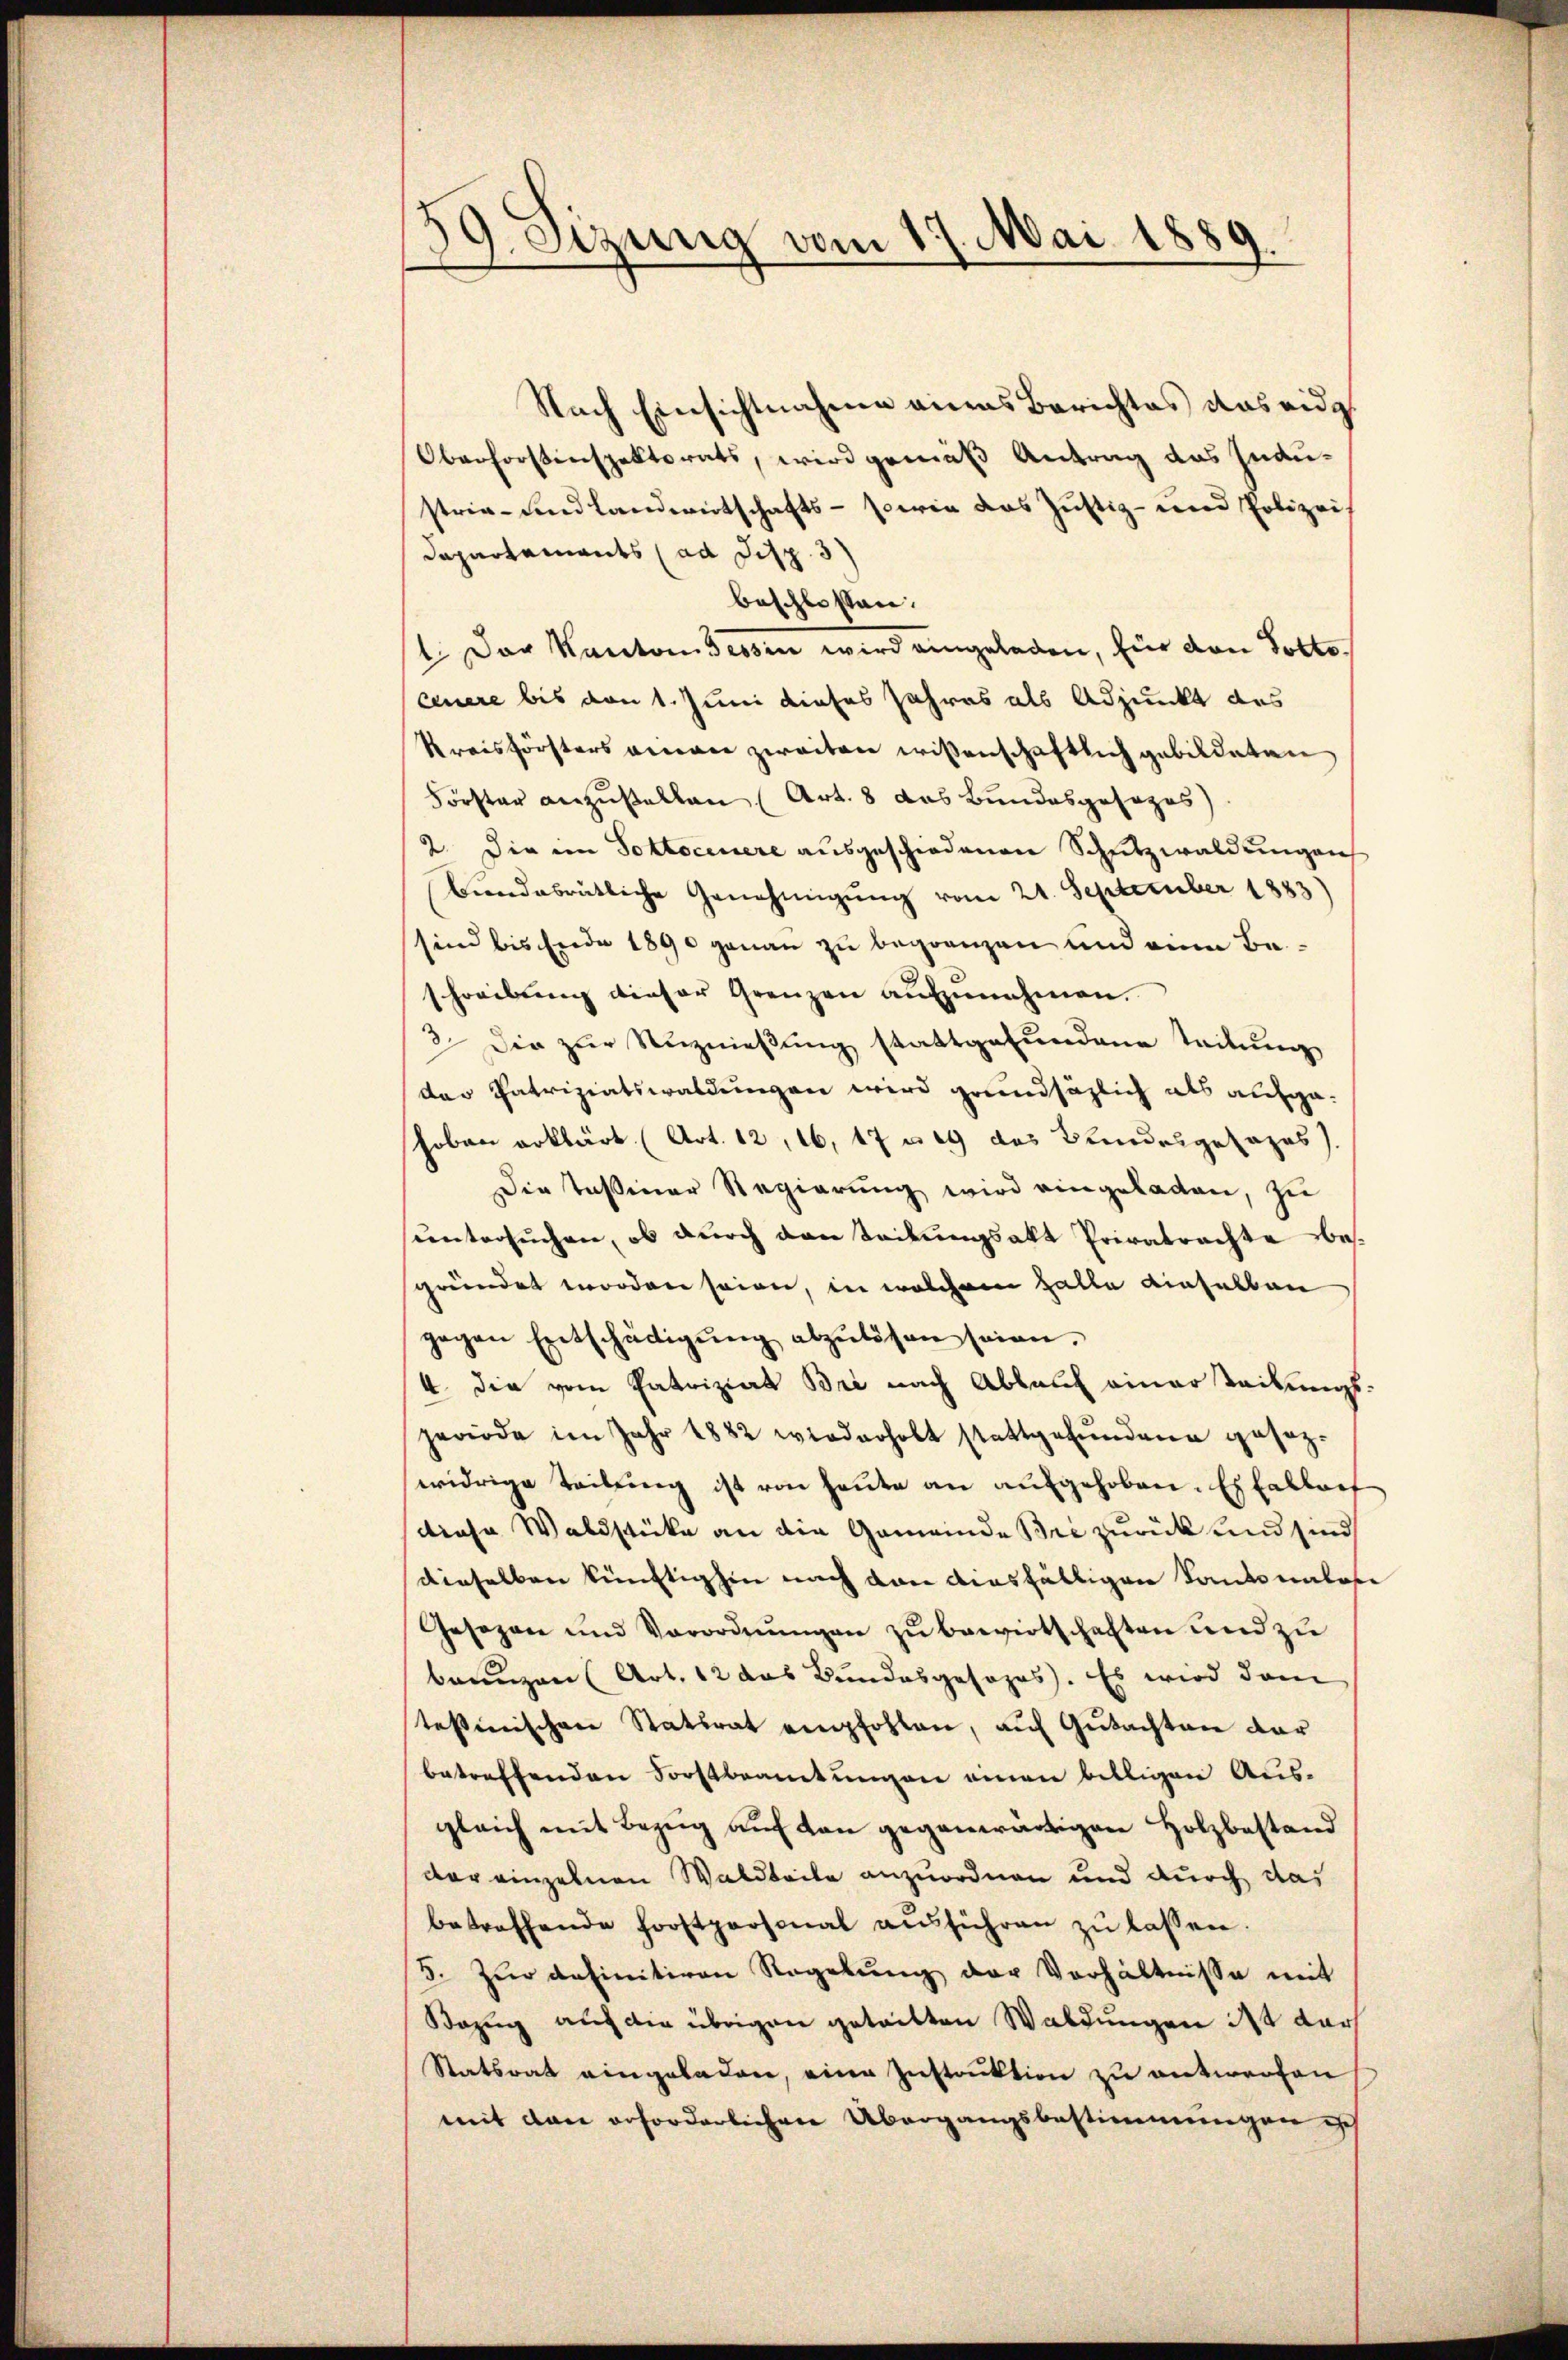
59. Sizung vom 17. Mai 1889.

Nach Einsichtnahme eines Berichtes das eidg.
Oberforstenspektorats, wird gemäß Antrag des Industrie- und Landwirtschafts- sowie das Justiz- und Polizeis
Dapartaments (ad Disp. 3)
beschlossen.
1. Der Kanton dessen wird eingeladen, für den Pottoceuere bis von 1. Juni dieses Jahres als Adjunkt des
Kreisförsters verer zweiten wissenschaftlich gebildeten
Förster anzustellen (Art. 8 das Bundesgesezes)
2. Die im Soltoceuere ausgeschiedenen Schutzwaldungen
Landabrütliche Genehmigŭng vom 21. September 1883)
sind bis Ende 1890 genau zu begrenzen und eine Be-
schreibung dieser Grenzen aufzunehmen.
3. Die zur Anznießung stattgefundene Teilung
das Patriziatswaldungen wird grundsätzlich als aufgehoben erklärt (Art. 12, 16, 17 n 19 des Bundesgesages).
Die Teßiner Regierung wird eingeladen, zu
untersuchen, ob durch den Teilungsakt Privatrachte besgründet worden seien, in welchem Halle dieselben
gegen Entschädigŭng abzulösen seien.
4. die vom Patriziat Bri nach Ablauf einerteilungsperiode im Jahr 1882 wiederholt stattgefŭndene gesezwidrige Teilung ist von heute an aufgehoben. Es fallers
diese Waldstücke an die Gemeinde Bri zurück und sind
dieselben künftighin nach den diesfälligen Kantonales
Gesezen und Verordnŭngen zŭ bewirtschaften und zu
brunzen (Art. 12 das Bundesgesors. Es wird dem
testinischen Statsrat empfohlen, auf Gutachten dar
betreffenden Forstbeamtungen einen billigen Aus-
gleich mit Bezug auf den gegenwärtigen Holzbestand
der einzelnen Waldbeile anzuordnen und durch das
betreffende Forstpersonal aŭsführen zŭ lassen.
5. Zur definitiven Regelung der Verhältnisse mit
Bezug auch die übrigen getritten Waldungen des darf
Statsrat eingeladen, eine Instruktion zu entworfen
mit den erforderlichen Übergangsbestimmungen ich